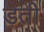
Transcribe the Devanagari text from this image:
ड़ती